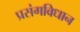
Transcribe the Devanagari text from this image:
प्रसंगविधान